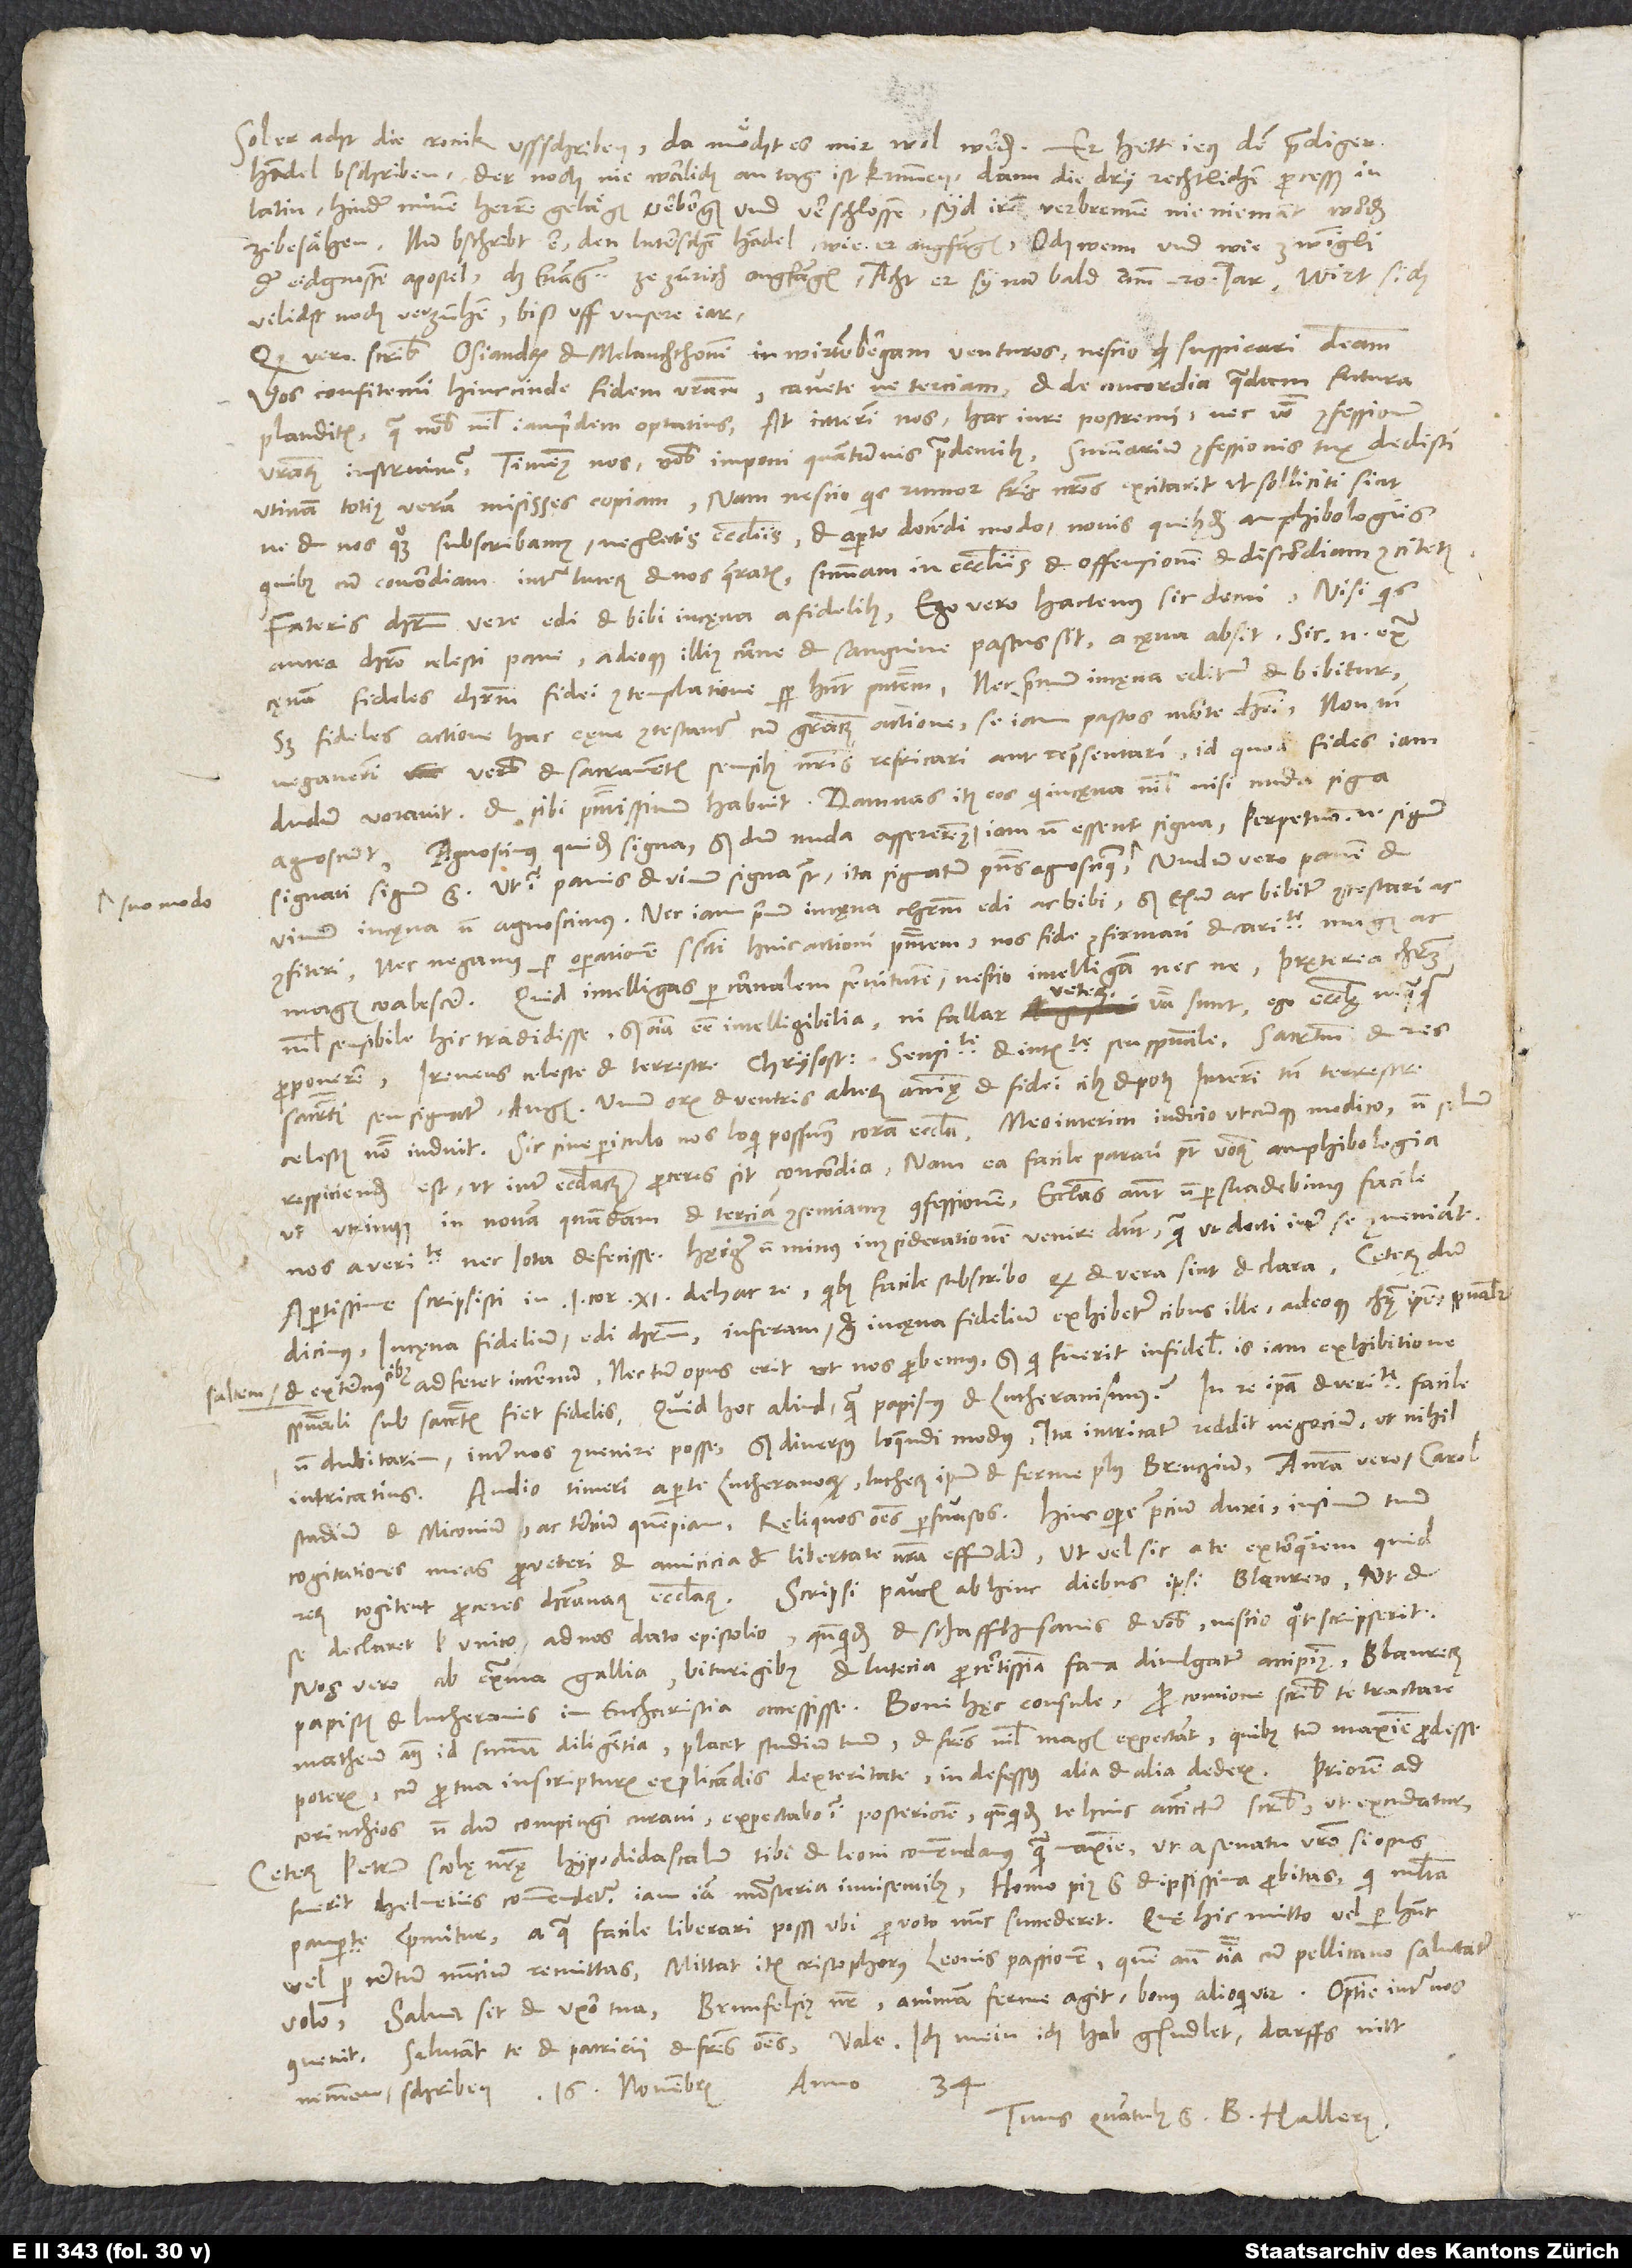
saltem

sol er acht die cronik ussschriben, da möcht es mir wol werden. Er hett jetz den prediger
handel bschriben, der noch nie warlich an tag ist kummen; dann die dry rechtlichen procesß in
latin hinder minen herren gelägen verborgen und verschlossen, syd irem verbrennen nie niemant worden
ze besähen. Nun bschribt er den Luterschen handel, wie er angfangen, och wenn und wie Zwingli,
der eidgnossen apostel, das evangelium ze Zürich angfangen. Acht, er sy nun bald amm 20. jar; wirt sich
vilicht noch verzühen biß uff unsere jar.
Quod vero scribis Osiandrum et Melanchthonem in Wirtembergam venturos, nescio, quid suspicari debeam.
Vos confitemini hinc inde fidem vestram - cavete, ne terciam! - et de concordia quadam futura
plauditis. Qua nobis nihil iam pridem optatius, at interim nos hac in re postremi nec verbo confessionum
vestrarum instruimur. Timemus nos vobis imponi quantumvis prudentibus. Summarium confessionis tuae dedisti.
Utinam totius veram misisses copiam! Nam nescio, quis rumor fratres nostros excitant, ut solliciti sint,
ne et nos quoque subscribamus neglectis ecclesiis et aperto docendi modo novis quibusdam amphibologiis,
quibus cum concordiam inter Luterum et nos quaeratis, summam in ecclesiis et offensionem et discordiam concitetis.
Fateris Christum vere edi et bibi in cęna a fidelibus. Ego vero hactenus sic docui: Nisi quis
antea Christo, celesti pane, adeoque illius carne et sanguine pastus sit, a cęna absit. Sic enim extra
cęnam fideles Christum fidei contemplatione semper habent praesentem, nec primum in cęna editur et bibitur,
sed fideles actione hac cęne contestantur cum gratiarum actione se iam pastös morte Christi. Non tamen
negaverim verbis et sacramentis sensibus nostris refricari aut repraesentari id, quod fides iam
dudum voravit et sibi praesentissimum habuit. Damnas item eos, qui in cęna nihil nisi nuda signa
agnoscunt. Agnoscimus quidem signa, sed dum nuda assereremus, iam non essent signa. Perpetuo enim signum
signati signum est. Ut igitur panis et vinum signa sunt, ita signatum praesens agnoscimus suo modo. Nudum vero panem et
vinum in cęna non agnoscimus nec iam primum in cęna Christum edi ac bibi, sed esum ac bibitum contestari et
confiteri. Nec negamus per operationem spiritus sancti huic actioni praesentem nos fide confirmari et caritate magis ac
magis coalescere. Quid intelligas per carnalem servitutem, nescio, intelligam necne. Praeterea Christum
nihil sensibile hic tradidisse, sed omnia esse intelligibilia, ni fallar, veterum verba sunt, ego ecclesię nequaquam
proponerem. Ireneus: celeste et terrestre, Chrysostomus: sensibile et intellegibile seu spirituale, sacramentum et res
sacramenti seu signatum, Augustinus: unum oris et ventris, alterum animę et fidei ciBus et potus. Interim tamen terrestre
celestis nomen induit. Sic sine periculo nos loqui possumus coram ecclesia. Meo interim iudicio utcunque modico non solum
respiciendum est, ut inter ecclesiarum proceres sit concordia. Nam ea facile parari potest verborum amphibologia,
ut utrinque in novam quandam et terciam consentiamus confessionem. Ecclesias autem non persuadebimus facile
nos a veritate nec iota defecisse. Hae igitur non minus in considerationem venire debent, quam ut docti inter se conveniant.
Apertissime scripsisti in 1. Cor. 11 de hac re, quibus facile subscribo, quod et vera sint et clara. Caeterum, dum
dicimus in cęna fidelium edi Christum, inferam. Ergo in cęna fidelium exhibetur cibus ille, adeoque Christus ipse, spiritualiter
et externus cibus, adferet internum, nec tum opus erit, ut nos probemus. Sed qui fuerit infidelis, is iam exhibitione
spirituali sub sacramentis fiet fidelis. Quid hoc aliud quam papismus et Lutheranismus? In re ipsa et veritate facile
non dubitarim inter nos convenire posse, sed diversus loquendi modus ita intricatum reddit negocium, ut nihil
intricatius. Audio timeri a parte Lutheranorum Lutherum ipsum et ferme plus Brentzium, a nostra vero Carolostadium
Miconium ac tercium quempiam; reliquos omnes persuasos. Hinc opere precium duxi in sinum tuum
cogitationes meas pro veteri et amicicia et libertate nostra effundere, ut vel sic a te extorquerem, quid
Scripsi paucis abhinc diebus ipsi Blaurero, ut et
cogitent proceres christianarum ecclesiarum.
se declaret vel unico ad nos dato epistolio, quandoquidem et Schaffhusanis et vobis nescio quot scripserit.
Nos vero ab extrema Gallia, Biturigibus et Lutecia pro certissima fama divulgatum accipimus Blaurerum
Matheum, atque id summa diligentia. Placet studium tuum, et fratres nihil magis expectant, quibus tum maxime prodesse
poteris, cum pro tua in scripturis explicandis dexteritate indefessus alia et alia dederis. Priorem ad
Corinthios nondum compingi curavi. Expectabo igitur posteriorem, quandoquidem te huic accinctum scribis, ut excudatur.
Ceterum Petrum, scolę nostrę hypodidascalum, tibi et Leoni commendamus quam maxime, ut a senatu vestro, si opus
fuerit, Helvetiis commendetur iamiam monasteria invisentibus. Homo pius est et ipsissima probitas, qui multa
paupertate premitur. A qua facile liberari posset, ubi pro voto nunc succederet. Que hic mitto vel, per hunc
volo. Salva sit et uxor tua. Brunfelsius noster animam ferme agit, bonus alioqui vir. Optime inter nos
Tuus, quantulus est, B. Hallerus.